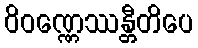
ဝိဝဏ္ဏေဿန္တီတိပေ